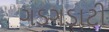
ગડગડાટી